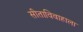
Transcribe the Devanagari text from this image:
सीताविवाहाला